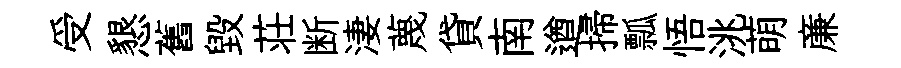
受懇舊毁荘断淒蔑貸南遒掃瓢悟洮萌亷